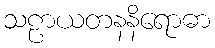
သဠာယတနနိရောဓာ